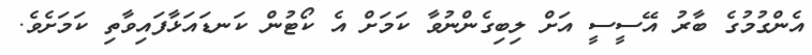
އެންގުމުގެ ބާރު އޭސީސީ އަށް ލިބިގެންނުވާ ކަމަށް އެ ކޯޓުން ކަނޑައަޅާފައިވާތި ކަމަށެވެ.